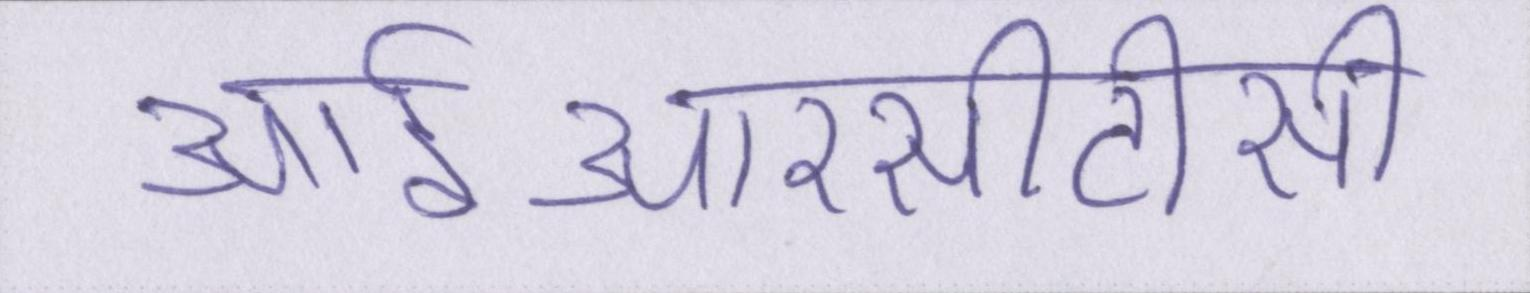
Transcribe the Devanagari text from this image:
आईआरसीटीसी